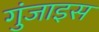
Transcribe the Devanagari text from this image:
गुंजाइस